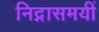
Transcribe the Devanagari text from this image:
निद्नासमयीं